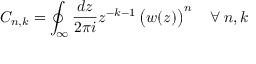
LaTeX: C _ { n , k } = \oint _ { \infty } \frac { d z } { 2 \pi i } z ^ { - k - 1 } \left( \strut w ( z ) \right) ^ { n } \quad \forall \: n , k